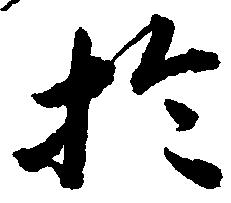
於